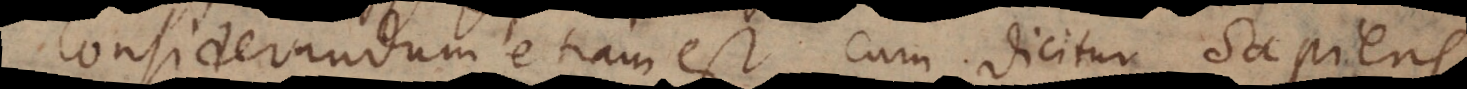
Considerandum etiam est cum dicitur sapiens,